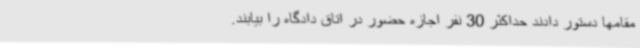
مقامها دستور دادند حداکثر 30 نفر اجازه حضور در اتاق دادگاه را بیابند.